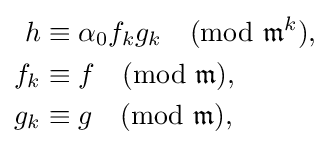
{\begin{aligned}h&\equiv \alpha _{0}f_{k}g_{k}{\pmod {{\mathfrak {m}}^{k}}},\\f_{k}&\equiv f{\pmod {\mathfrak {m}}},\\g_{k}&\equiv g{\pmod {\mathfrak {m}}},\end{aligned}}